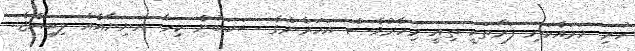
ހުރި ހަމައެކަނި ފަރާތަކީ ތިއީ މިހާރުވެސް އަހަރެންގެ ސަބަބުން ކިހާ އަނިޔާއެއް ލިބިއްޖެ..